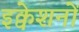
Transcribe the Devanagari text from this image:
इक्वेशनों